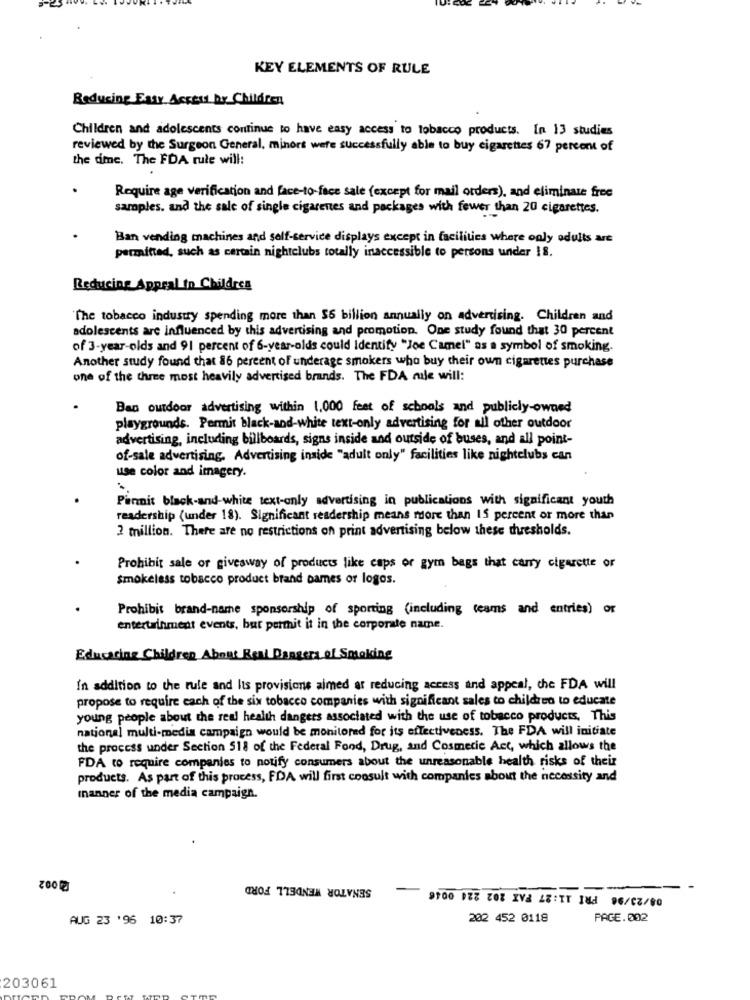
KEY ELEMENTS OF RULE
Reducing Easy Access Br Children
Children and adolescents continue to have easy access to tobacco products. In 13 studies
reviewed by the Surgeon General, minort were successfully able to buy cigarettes 67 percent of
the dme. The FDA rule will:
Require age verification and face-to-face sale (except for mail orders), and eliminare free
samples. and the sale of single cigarenes and packages with fewer than 20 cigarettes.
Ban vending machines and self-service displays except in facilities where only odults are
permitted, such as certain nightclubs totally inaccessible to persons under 18.
Reducing Appeal to Childres
"The tobacco industry spending more than $6 billion annually on advertising. Children and
adolescents are influenced by this advertising and promotion. One study found that 30 percent
of 3-year-olds and 91 percent of 6-year-olds could Identify "Joe Camel" as a symbol of smoking.
Another study found that 86 percent of underage smokers who buy their own cigarettes purchase
one of the three most heavily advertised brands. The FDA mule will:
Ban outdoor advertising within 1,000 feet of schools and publicly-owned
playgrounds. Permit black-and-white text-only advertising for all other outdoor
advertising, including billboards, signs inside and outside of buses, and all point-
of-sale advertising. Advertising inside "adult only" facilities like nightclubs can
use color and imagery.
Pinnit black-and-white text-only advertising in publications with significant youth
readership (under 18). Significant readership means more than 15 percent or more than
2 million. There are no restrictions on print advertising below these thresholds.
Prohibit sale or givesway of products like caps or gym bags that carry cigarette or
smokeless tobacco product brand names or logos.
Prohibit brand-name sponsorship of sporting (including teams and entries) or
entertainment events, but permit it in the corporate name.
Educering Children About Real Dangers of Smoking
In addition to the rule and Its provisions aimed ar reducing access and appeal, che FDA will
propose to require cach of the six tobacco companies with significant sales to children to educate
young people about the real health dangers associated with the use of tobacco products, This
national multi-media campaign would be monitored for its effectiveness. The FDA will initiate
the process under Section 518 of the Federal Food, Drug, and Cosmetic Act, which allows the
FDA to require companies to notify consumers about the unreasonable health risks of their
products. As part of this process, FDA will first consult with companies about the necessity and
manner of the media campaign.
SENATOR WENDELL FORD
-
-
9100 178 70% IVA AZ:TT INA 96/02/00
AUG 23 '96 10:37
202 452 0118
PAGE.002
203061